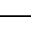
-